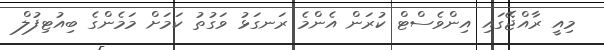
މިއީ ރާއްޖޭގައި އިންވެސްޓް ކުރަން އެންމެ ރަނގަޅު ވަގުތު ކަމަށް މަމެންގެ ބިއުޓިފުލް